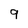
Character: 9